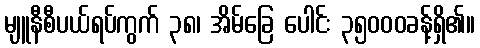
မျူနီစီပယ်ရပ်ကွက် ၃၈၊ အိမ်ခြေ ပေါင်း ၃၅၀၀၀ခန့်ရှိ၏။